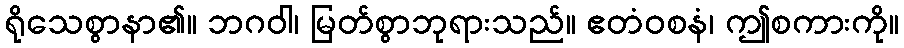
ရိုသေစွာနာ၏။ ဘဂဝါ၊ မြတ်စွာဘုရားသည်။ ဧတံဝစနံ၊ ဤစကားကို။